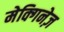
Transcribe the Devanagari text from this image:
मेक्गिनेज़